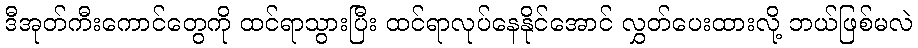
ဒီအုတ်ကီးကောင်တွေကို ထင်ရာသွားပြီး ထင်ရာလုပ်နေနိုင်အောင် လွှတ်ပေးထားလို့ ဘယ်ဖြစ်မလဲ